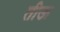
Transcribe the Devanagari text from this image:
तीऊ